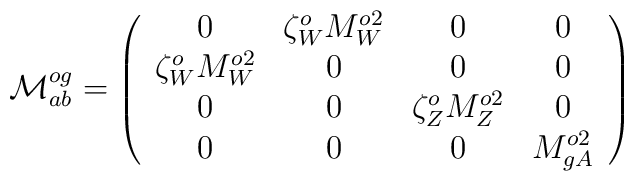
{\cal M}^{og}_{ab} =\left(\begin{array}{cccc}       0 & \zeta_W^ o M_{W}^{o2} & 0 & 0 \\       \zeta_W^ oM_{W}^{o2} & 0 & 0 & 0 \\        0& 0& \zeta_Z^o M_{Z}^{o2} &  0 \\       0 & 0 & 0 & M_{gA}^{o2} \end{array} \right)